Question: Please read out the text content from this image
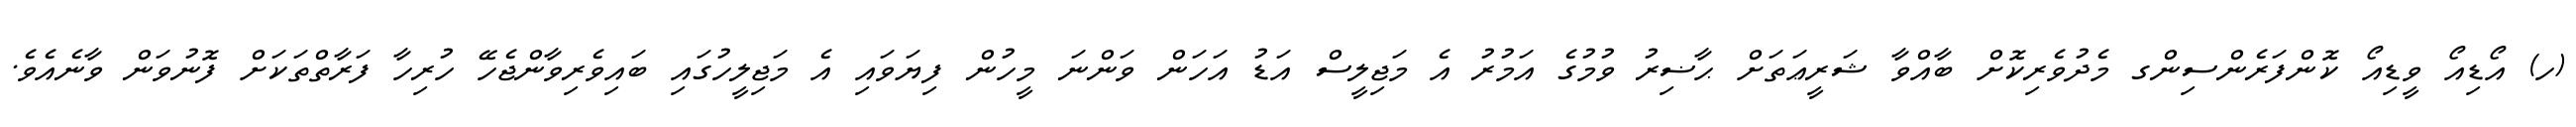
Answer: (ހ) އޯޑިއޯ ވީޑިއޯ ކޮންފަރެންސިންގ މެދުވެރިކޮށް ބާއްވާ ޝަރީޢަތަށް ޙާޟިރު ވުމުގެ އަމުރު އެ މަޖިލީސް އަޑު އަހަން ވަންނަ މީހުން ފިޔަވައި އެ މަޖިލީހުގައި ބައިވެރިވާންޖެހޭ ހުރިހާ ފަރާތްތަކަށް ފޮނުވަން ވާނެއެވެ.